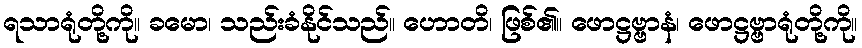
ရသာရုံတို့ကို။ ခမော၊ သည်းခံနိုင်သည်။ ဟောတိ၊ ဖြစ်၏။ ဖောဋ္ဌဗ္ဗာနံ၊ ဖောဋ္ဌဗ္ဗာရုံတို့ကို။